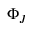
\Phi _ { J }